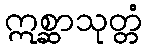
ဣစ္ဆာသုတ္တံ